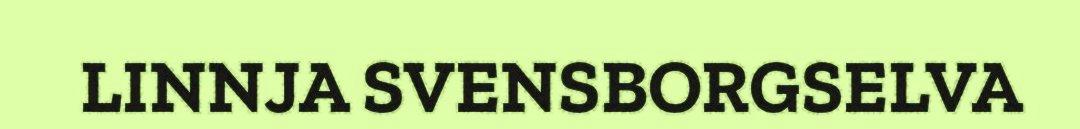
LINNJA SVENSBORGSELVA